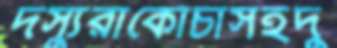
দস্যুরাকোঁচাসইদু